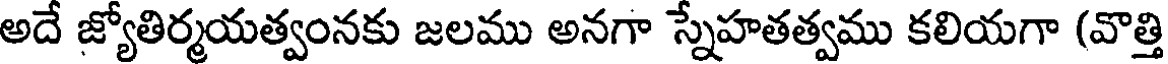
అదే జ్యోతిర్మయత్వంనకు జలము అనగా స్నేహతత్వము కలియగా (వొత్తి